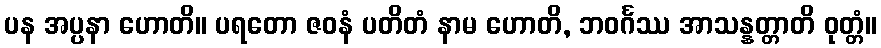
ပန အပ္ပနာ ဟောတိ။ ပရတော ဇဝနံ ပတိတံ နာမ ဟောတိ, ဘဝင်္ဂဿ အာသန္နတ္တာတိ ဝုတ္တံ။